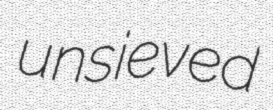
unsieved